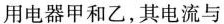
用电器甲和乙，其电流与